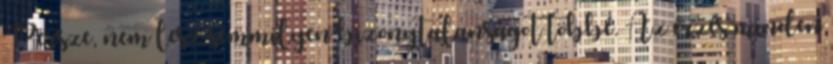
Persze, nem lesz semmilyen bizonytalanságot többé. Az érzés minden